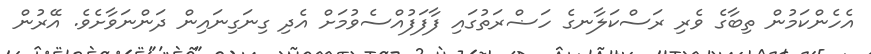
އެހެންކަމުން ތިބާގެ ވެރި ރަސްކަލާނގެ ހަޟްރަތުގައި ފާފަފުއްސެވުމަށް އެދި ގިނަގިނައިން ދަންނަވާށެވެ. އޭރުން